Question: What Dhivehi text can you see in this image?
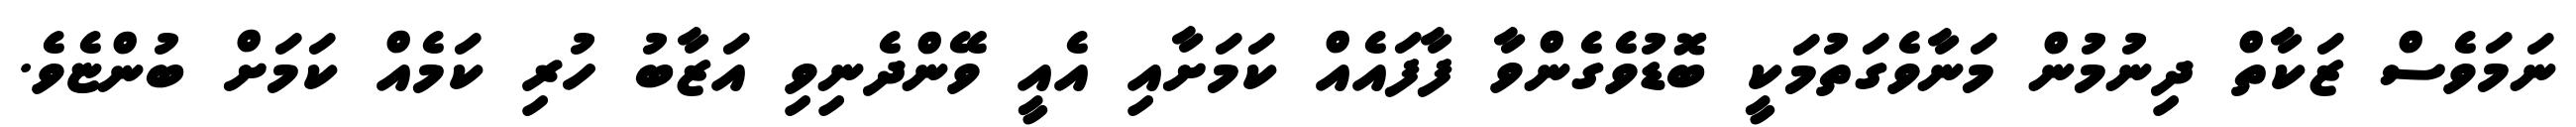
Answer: ނަމަވެސް ޒަކާތް ދިނުމުން މަނާވެގަތުމަކީ ބޮޑުވެގެންވާ ފާފައެއް ކަމަށާއި އެއީ ވޭންދެނިވި އަޒާބު ހުރި ކަމެއް ކަމަށް ބުންޏެވެ.